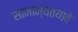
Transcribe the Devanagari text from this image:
सामान्यतयावे